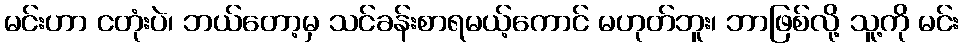
မင်းဟာ ငတုံးပဲ၊ ဘယ်တော့မှ သင်ခန်းစာရမယ့်ကောင် မဟုတ်ဘူး၊ ဘာဖြစ်လို့ သူ့ကို မင်း